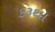
કરૂથા